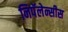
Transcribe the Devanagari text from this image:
निपॅलेन्सीस